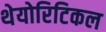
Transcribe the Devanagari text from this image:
थेयोरिटिकल